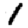
Digit: 1